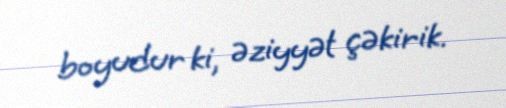
boyudur ki, əziyyət çəkirik.